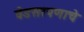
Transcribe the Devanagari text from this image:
वेडसरपणाचे